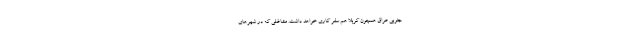
جنوبی عراق همچون کربلا هم سفر کاری خواهد داشت. مشاغلی که در شهرهای